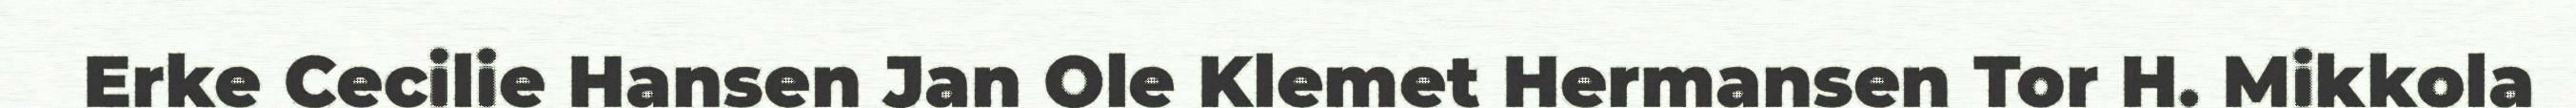
Erke Cecilie Hansen Jan Ole Klemet Hermansen Tor H. Mikkola